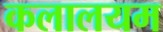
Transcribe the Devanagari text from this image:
कलालयम